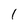
Character: 1